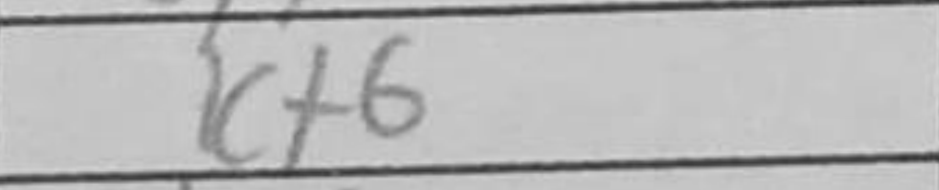
Transcription: Kf6